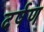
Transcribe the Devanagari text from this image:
दर्षण